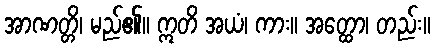
အာဏတ္တိ၊ မည်၏။ ဣတိ အယံ၊ ကား။ အတ္ထော၊ တည်း။